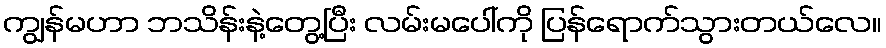
ကျွန်မဟာ ဘသိန်းနဲ့တွေ့ပြီး လမ်းမပေါ်ကို ပြန်ရောက်သွားတယ်လေ။